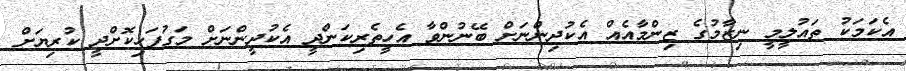
އެކަމަކު ތައުލީމީ ނިޒާމުގެ ޒިންމާއެއް އެކުދިންނަށް ބޭނުންވާ އެހީތެރިކަންދީ އެކުދީންނަށް މަގުފަހިކޮށްދީ ކުރިޔަށް